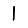
Digit: 1